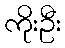
ကိုးဦး